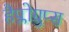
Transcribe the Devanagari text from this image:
हैप्लोग्रुप्स